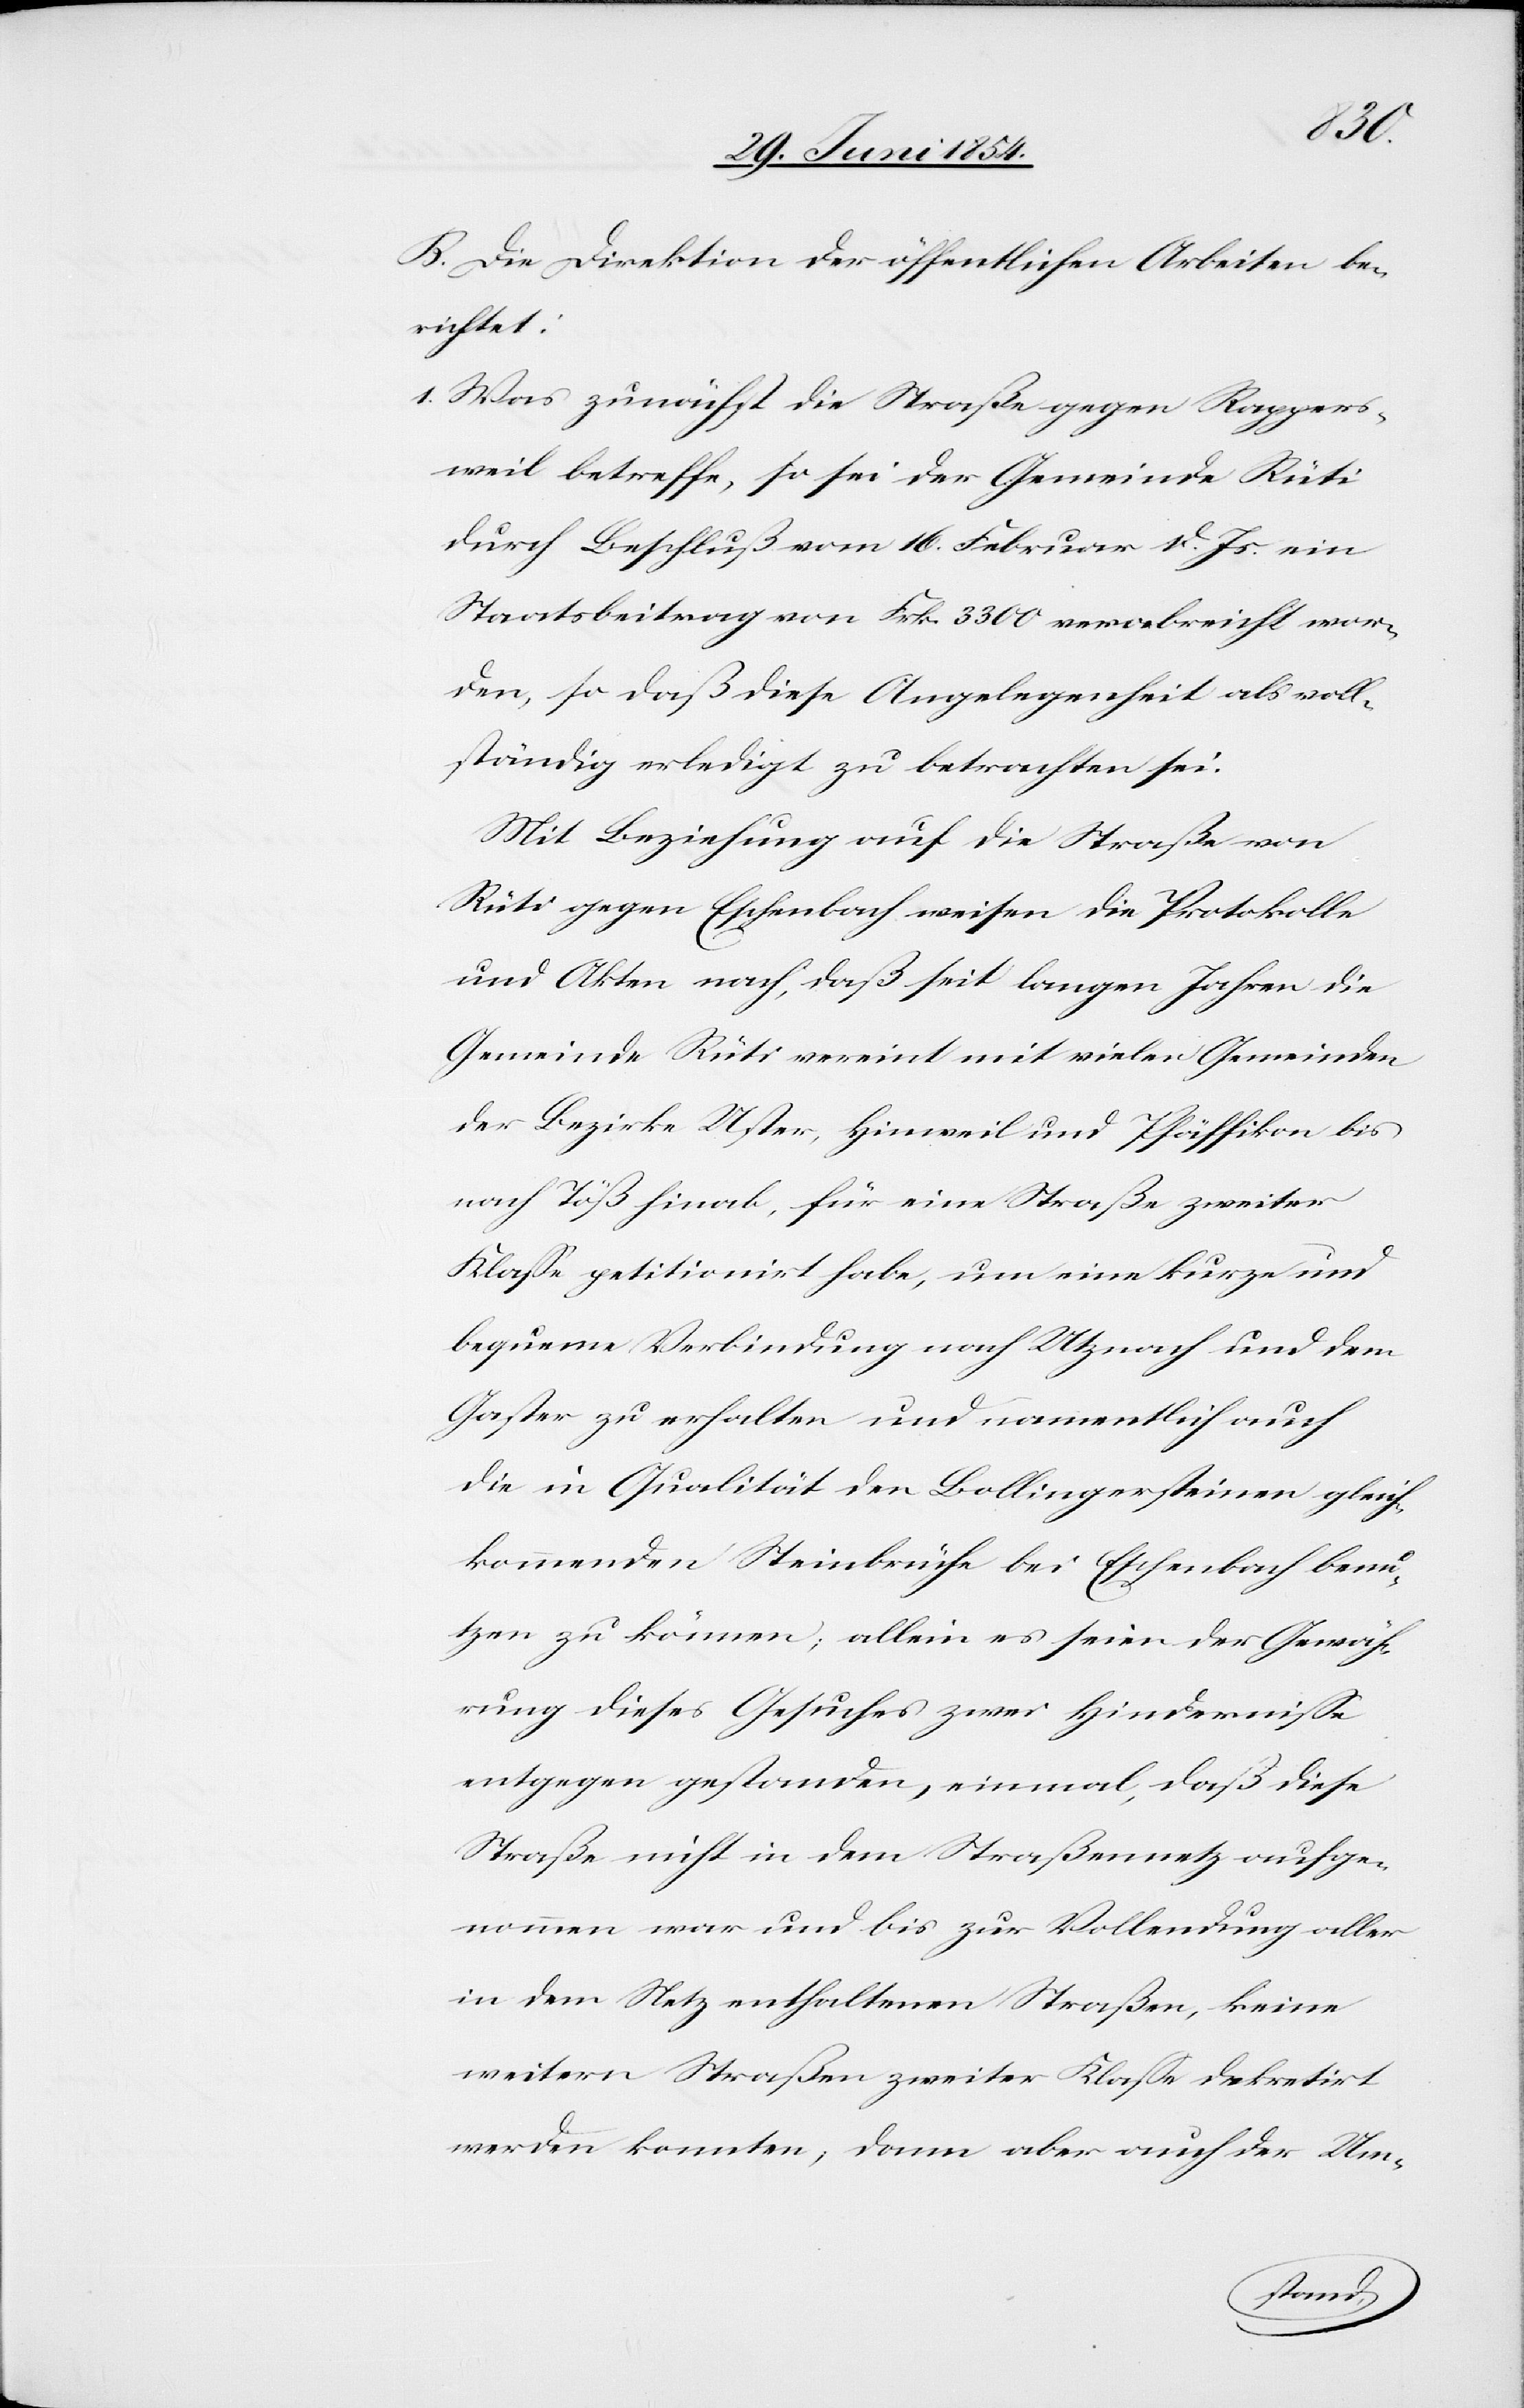
B. Die Direktion der öffentlichen Arbeiten be¬
richtet:
1. Was zunächst die Straße gegen Rappers¬
weil betreffe, so sei der Gemeinde Rüti
durch Beschluß vom 16. Februar d. Js. ein
Staatsbeitrag von Frk. 3300 verabreicht wor¬
den, so daß diese Angelegenheit als voll¬
ständig erledigt zu betrachten sei.
Mit Bezug auf die Straße von
Rüti gegen Eschenbach weisen die Protokolle
und Akten nach, daß seit langen Jahren die
Gemeinde Rüti vereint mit vielen Gemeinden
der Bezirke Uster, Hinweil und Pfäffikon bis
nach Töß hinab, für eine Straße zweiter
Klaße petitionirt habe, um eine kurze und
bequeme Verbindung nach Utznach und dem
Gaster zu erhalten und namentlich auch
die in Qualität den Bollingersteinen gleich¬
kommenden Steinbrüche bei Eschenbach benu¬
tzen zu können; allein es seien der Gewäh¬
rung dieses Gesuches zwei Hinderniße
entgegen gestanden, einmal, daß diese
Straße nicht in dem Straßennetz aufge¬
nommen war und bis zur Vollendung aller
in dem Netz enthaltenen Straßen, keine
weitern Straßen zweiter Klaße dekretirt
werden konnten, dann aber auch der Um-